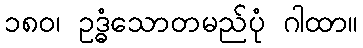
၁၈၀၊ ဥဒ္ဓံသောတမည်ပုံ ဂါထာ။